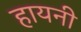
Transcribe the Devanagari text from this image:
हायनी